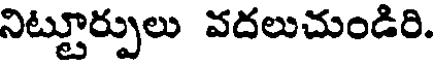
నిట్టూర్పులు వదలుచుండిరి.